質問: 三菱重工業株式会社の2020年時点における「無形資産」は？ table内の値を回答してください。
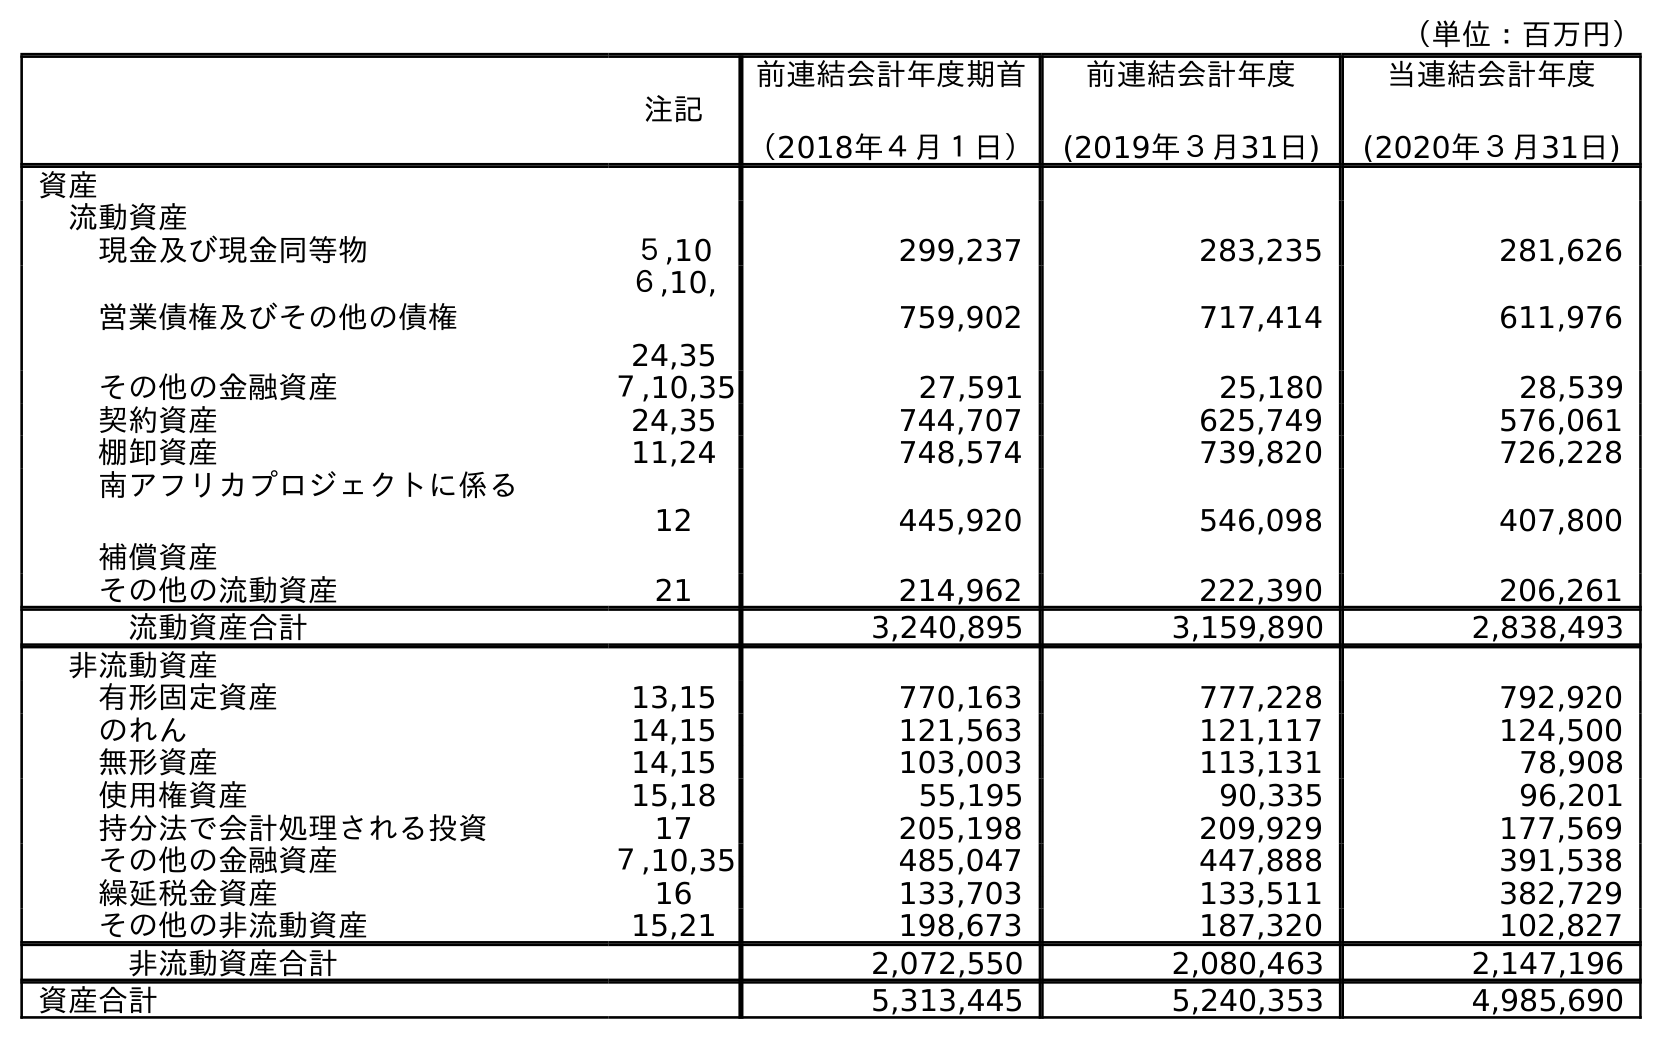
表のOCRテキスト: （単位：百万円） 注記 前連結会計年度期首 （2018年４月１日） 前連結会計年度 (2019年３月31日) 当連結会計年度 (2020年３月31日) 資産 流動資産 現金及び現金同等物 ５,10 299,237 283,235 281,626 営業債権及びその他の債権 ６,10, 24,35 759,902 717,414 611,976 その他の金融資産 ７,10,35 27,591 25,180 28,539 契約資産 24,35 744,707 625,749 576,061 棚卸資産 11,24 748,574 739,820 726,228 南アフリカプロジェクトに係る 補償資産 12 445,920 546,098 407,800 その他の流動資産 21 214,962 222,390 206,261 流動資産合計 3,240,895 3,159,890 2,838,493 非流動資産 有形固定資産 13,15 770,163 777,228 792,920 のれん 14,15 121,563 121,117 124,500 無形資産 14,15 103,003 113,131 78,908 使用権資産 15,18 55,195 90,335 96,201 持分法で会計処理される投資 17 205,198 209,929 177,569 その他の金融資産 ７,10,35 485,047 447,888 391,538 繰延税金資産 16 133,703 133,511 382,729 その他の非流動資産 15,21 198,673 187,320 102,827 非流動資産合計 2,072,550 2,080,463 2,147,196 資産合計 5,313,445 5,240,353 4,985,690
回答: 78,908